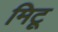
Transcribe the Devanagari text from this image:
मिटू